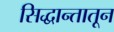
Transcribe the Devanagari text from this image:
सिद्धान्तातून